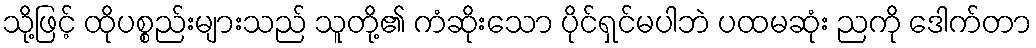
သို့ဖြင့် ထိုပစ္စည်းများသည် သူတို့၏ ကံဆိုးသော ပိုင်ရှင်မပါဘဲ ပထမဆုံး ညကို ဒေါက်တာ